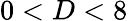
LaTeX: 0<D<8